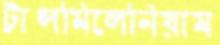
ট্রান্সমিলেনিয়াম